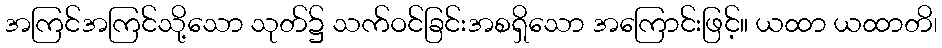
အကြင်အကြင်သို့သော သုတ်၌ သက်ဝင်ခြင်းအစရှိသော အကြောင်းဖြင့်။ ယထာ ယထာတိ၊